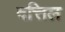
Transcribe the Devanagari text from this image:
दत्तिल